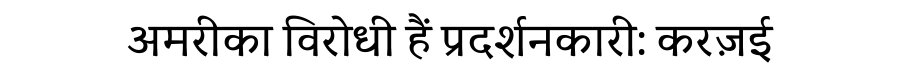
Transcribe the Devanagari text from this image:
अमरीका विरोधी हैं प्रदर्शनकारी: करज़ई